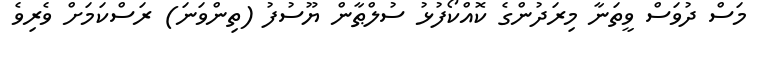
މަސް ދުވަސް ވީތަނާ މިރަދުންގެ ކޮއްކޯފުޅު ސުލްޠާން ޔޫސުފު (ތިންވަނަ) ރަސްކަމަށް ވެރިވެ